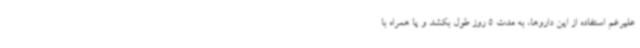
علیرغم استفاده از این داروها، به مدت 5 روز طول بکشد و یا همراه با